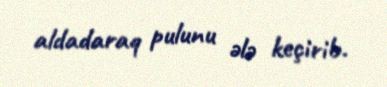
aldadaraq pulunu ələ keçirib.